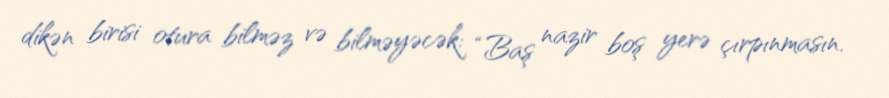
dikən birisi otura bilməz və bilməyəcək: “Baş nazir boş yerə çırpınmasın.